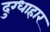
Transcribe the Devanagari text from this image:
दुग्धाहार